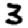
Digit: 3